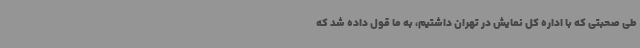
طی صحبتی که با اداره کل نمایش در تهران داشتیم، به ما قول داده شد که